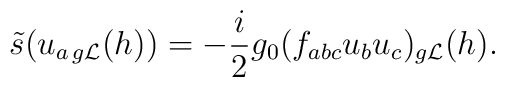
\tilde s(u_{a\,{g{\cal L}}}(h))=-\frac{i}{2}g_0(f_{abc}u_b u_c)_{g{\cal L}}(h).